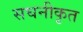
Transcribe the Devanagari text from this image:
सघनीकृत